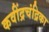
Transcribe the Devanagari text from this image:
कवींद्रचंद्रिका